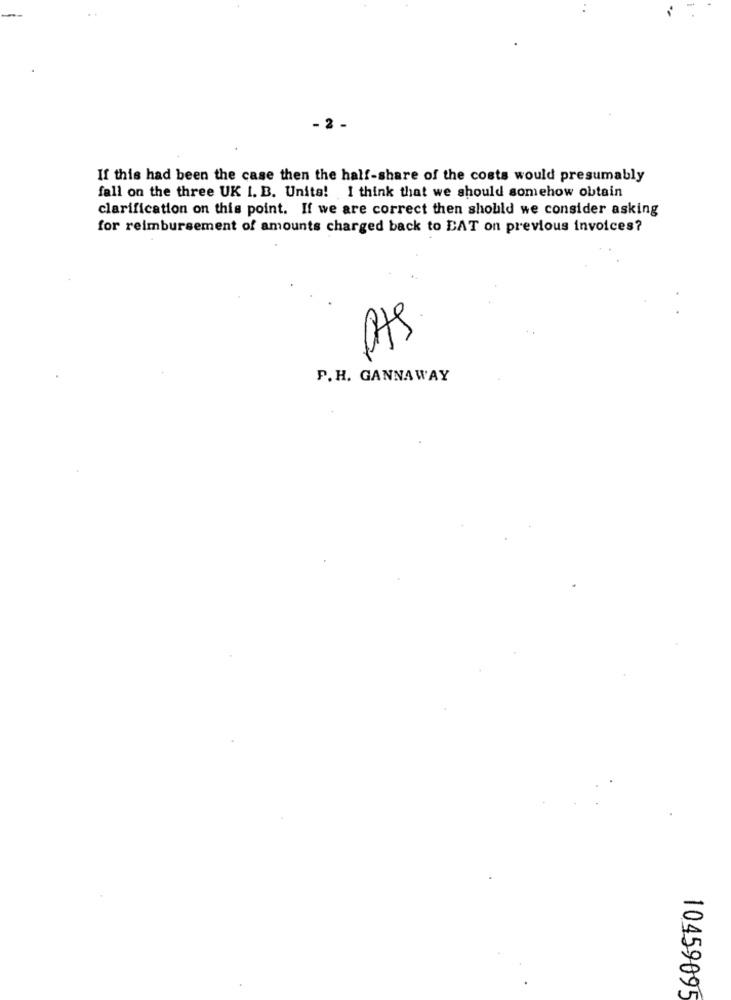
- 2 -
If this had been the case then the half-share of the costs would presumably
fall on the three UK I. B. Unita! I think that we should somehow obtain
clarification on this point. If we are correct then should we consider asking
for reimbursement of amounts charged back to EAT on previous invoices?
P.H. GANNAWAY
10459095